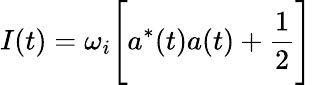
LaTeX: I(t)=\omega_{i}\Biggl[a^{*}(t)a(t)+\frac{1}{2}\Biggr]